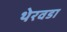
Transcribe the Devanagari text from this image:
थेरवडा